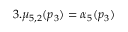
3 . \mu _ { 5 , 2 } ( p _ { 3 } ) = \alpha _ { 5 } ( p _ { 3 } )